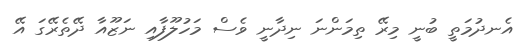
އެނދުމަތީ ބުނީ މިރޭ ތިމަންނަ ނިިދާނީ ވެސް މަހުލޫފާއި ނަޒޫއާ ދޭތެރޭގަ އޭ